Report on horse surra - Volume II, Part I
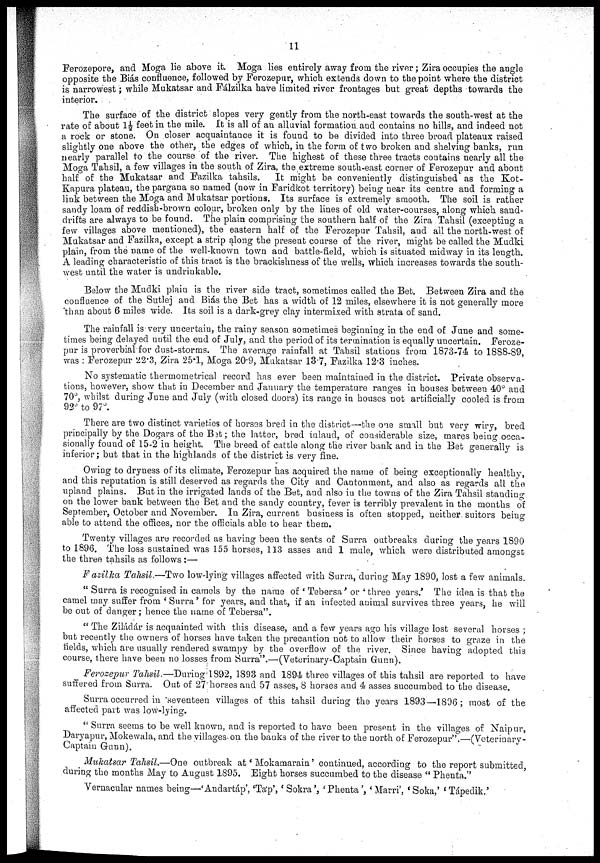
11
Ferozepore, and Moga lie above it. Moga lies entirely away from the river ; Zira occupies the angle
opposite the Biás confluence, followed by Ferozepur, which extends down to the point where the district
is narrowest ; while Mukatsar and Fálzilka have limited river frontages but great depths towards the
interior.
The surface of the district slopes very gently from the north-east towards the south-west at the
rate of about 1½ feet in the mile. It is all of an alluvial formation, and contains no hills, and indeed not
a rock or stone. On closer acquaintance it is found to be divided into three broad plateaux raised
slightly one above the other, the edges of which, in the form of two broken and shelving banks, run
nearly parallel to the course of the river. The highest of these three tracts contains nearly all the
Moga Tahsil, a few villages in the south of Zira, the extreme south-east corner of Ferozepur and about
half of the Mukatsar and Fazilka tahsils.
It might be conveniently distinguished as the Kot¬
Kapura plateau, the pargana so named (now in Faridkot territory) being near its centre and forming a
link between the Moga and Mukatsar portions. Its surface is extremely smooth. The soil is rather
sandy loam of reddish-brown colour, broken only by the lines of old water-courses, along which sand-
drifts are always to be found. The plain comprising the southern half of the Zira Tahsil (excepting a
few villages above mentioned), the eastern half of the Ferozepur Tahsil, and all the north-west of
Mukatsar and Fazilka, except a strip along the present course of the river, might be called the Mudki
plain, from the name of the well-known town and battle-field, which is situated midway in its length.
A leading characteristic of this tract is the brackishness of the wells, which increases towards the south-
west until the water is undrinkable.
Below the Mudki plain is the river side tract, sometimes called the Bet. Between Zira and the
confluence of the Sutlej and Biás the Bet has a width of 12 miles, elsewhere it is not generally more
than about 6 miles wide. Its soil is a dark-grey clay intermixed with strata of sand.
The rainfall is very uncertain, the rainy season sometimes beginning in the end of June and some-
times being delayed until the end of July, and the period of its termination is equally uncertain. Feroze-
pur is proverbial for dust-storms. The average rainfall at Tahsil stations from 1873-74 to 1888-89,
was : Ferozepur 22.3, Zira 25.1, Moga 20.9, Mukatsar 13.7, Fazilka 12.3 inches.
No systematic thermometrical record has ever been maintained in the district. Private observa-
tions, however, show that in December and January the temperature ranges in houses between 40° and
70°, whilst during June and July (with closed doors) its range in houses not artificially cooled is from
92° to 97°.
There are two distinct varieties of horses bred in the district—the one small but very wiry, bred
principally by the Dogars of the Bet; the latter, bred inland, of considerable size, mares being occa-
sionally found of 15-2 in height. The breed of cattle along the river bank and in the Bet generally is
inferior ; but that in the highlands of the district is very fine.
Owing to dryness of its climate, Ferozepur has acquired the name of being exceptionally healthy,
and this reputation is still deserved as regards the City and Cantonment, and also as regards all the
upland plains. But in the irrigated lands of the Bet, and also in the towns of the Zira Tahsil standing
on the lower bank between the Bet and the sandy country, fever is terribly prevalent in the months of
September, October and November. In Zira, current business is often stopped, neither, suitors being
able to attend the offices, nor the officials able to hear them.
Twenty villages are recorded as having been the seats of Surra outbreaks during the years 1890
to 1896. The loss sustained was 155 horses, 113 asses and 1 mule, which were distributed amongst
the three tahsils as follows :—
Fazilka Tahsil.—Two low-lying villages affected with Surra, during May 1890, lost a few animals.
" Surra is recognised in camels by the name of ' Tebersa' or ' three years.' The idea is that the
camel may suffer from ' Surra' for years, and that, if an infected animal survives three years, he will
be out of danger; hence the name of Tebersa".
" The Ziládár is acquainted with this disease, and a few years ago his village lost several horses ;
but recently the owners of horses have taken the precaution not to allow their horses to graze in the
fields, which are usually rendered swampy by the overflow of the river. Since having adopted this
course, there have been no losses from Surra".—(Veterinary-Captain Gunn).
Ferozepur Tahsil.—During1892,
1893 and 1894 three villages of this tahsil are reported to have
suffered from Surra. Out of 27 horses and 57 asses, 8 horses and 4 asses succumbed to the disease.
Surra occurred in 'seventeen villages of this tahsil during the years 1893—1896; most of the
affected part was low-lying.
" Surra seems to be well known, and is reported to have been present in the villages of Naipur,
Daryapur, Mokewala, and the villages on the banks of the river to the north of Ferozepur".—(Veterinary-
Captain Gunn).
Mukatsar Tahsil.—One outbreak at ' Mokamarain' continued, according to the report submitted,
during the months May to August 1895. Eight horses succumbed to the disease " Phenta."
Vernacular names being—'Andartáp', 'Táp', 'Sokra', 'Phenta', 'Marri', 'Soka,' 'Tápedik.'